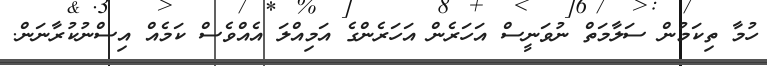
ހުމާ ތިކަމުން ސަލާމަތް ނުވަނީސް އަހަރެން އަހަރެންގެ އަމިއްލަ އެއްވެސް ކަމެއް އިސްނުކުރާނަން.